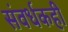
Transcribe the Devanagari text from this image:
संवर्धकही